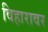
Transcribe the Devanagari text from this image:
विहारावर